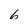
Character: 6